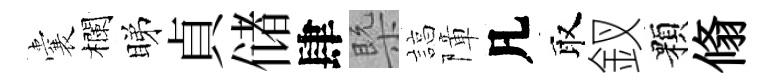
囊欄睇貞储肆槩諄障凡取釵顆翛